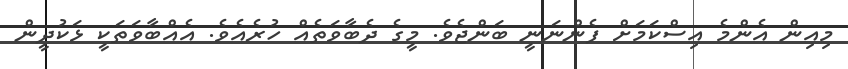
މިއިން އެންމެ އިސްކަމަށް ފެންނަނީ ބަންޖެވެ. މީގެ ދެބާވަތެއް ހުރެއެވެ. އެއްބާވަތަކީ ޅަކުދީން